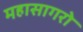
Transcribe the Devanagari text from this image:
महासागरो